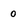
Character: 0